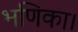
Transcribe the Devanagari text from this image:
भणिका।